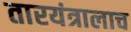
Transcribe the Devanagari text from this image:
तारयंत्रालाच